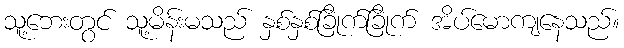
သူ့ဘေးတွင် သူ့မိန်းမသည် နှစ်နှစ်ခြိုက်ခြိုက် အိပ်မောကျနေသည်။